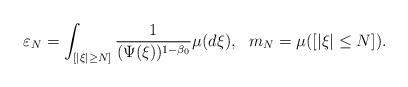
\begin{align*}\varepsilon_N=\int_{[|\xi|\ge N] } \frac{1}{(\Psi(\xi))^{1-\beta_0}} \mu(d\xi), ~ ~ m_N=\mu([|\xi|\le N]).\end{align*}